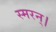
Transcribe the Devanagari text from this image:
स्मरन्‌।